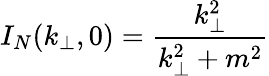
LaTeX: I_{N}(k_{\perp},0)={\frac{k_{\perp}^{2}}{k_{\perp}^{2}+m^{2}}}